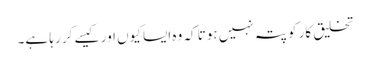
تخلیق کار کو پتہ نہیں ہوتا کہ وہ ایسا کیوں اور کیسے کر رہا ہے۔